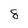
Character: 8